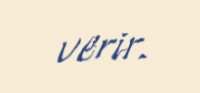
verir.